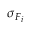
\sigma _ { \boldsymbol { F } _ { i } }